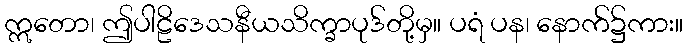
ဣတော၊ ဤပါဠိဒေသနီယသိက္ခာပုဒ်တို့မှ။ ပရံ ပန၊ နောက်၌ကား။